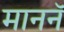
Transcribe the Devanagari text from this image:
माननॅ